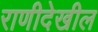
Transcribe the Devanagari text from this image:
राणीदेखील